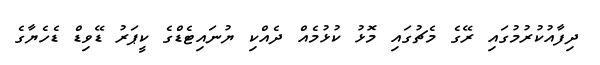
ދިފާއުކުރުމުގައި ރޭގެ މެޗުގައި މޮޅު ކުޅުމެއް ދެއްކި ޔުނައިޓެޑްގެ ކީޕަރު ޑޭވިޑް ޑެހެޔާގެ